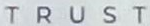
TRUST